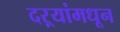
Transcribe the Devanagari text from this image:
दऱ्यांमधून